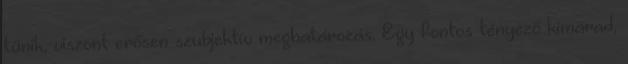
tűnik, viszont erősen szubjektív meghatározás. Egy fontos tényező kimarad,